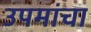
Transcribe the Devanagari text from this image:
उपमांचा